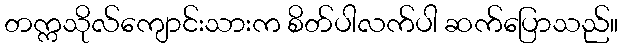
တက္ကသိုလ်ကျောင်းသားက စိတ်ပါလက်ပါ ဆက်ပြောသည်။